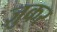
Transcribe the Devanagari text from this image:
ज़ुकर